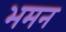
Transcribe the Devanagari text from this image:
भमन